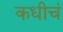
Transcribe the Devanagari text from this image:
कधीचं